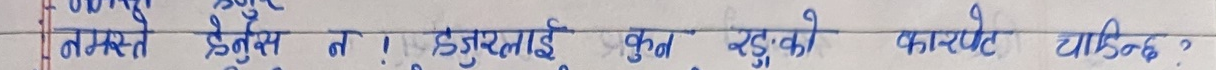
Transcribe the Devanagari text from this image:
नमस्ते हेनुस न ! हजुरलाई कुन रङको कार्पेट चाहिन्छ ?